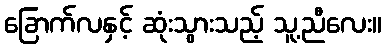
ခြောက်လနှင့် ဆုံးသွားသည့် သူ့ညီလေး။